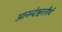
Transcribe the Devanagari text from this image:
आनन्देश्वरतीर्थ